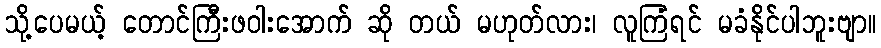
သို့ပေမယ့် တောင်ကြီးဖဝါးအောက် ဆို တယ် မဟုတ်လား၊ လူကြံရင် မခံနိုင်ပါဘူးဗျာ။